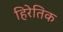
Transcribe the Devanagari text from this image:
हिरेतिक